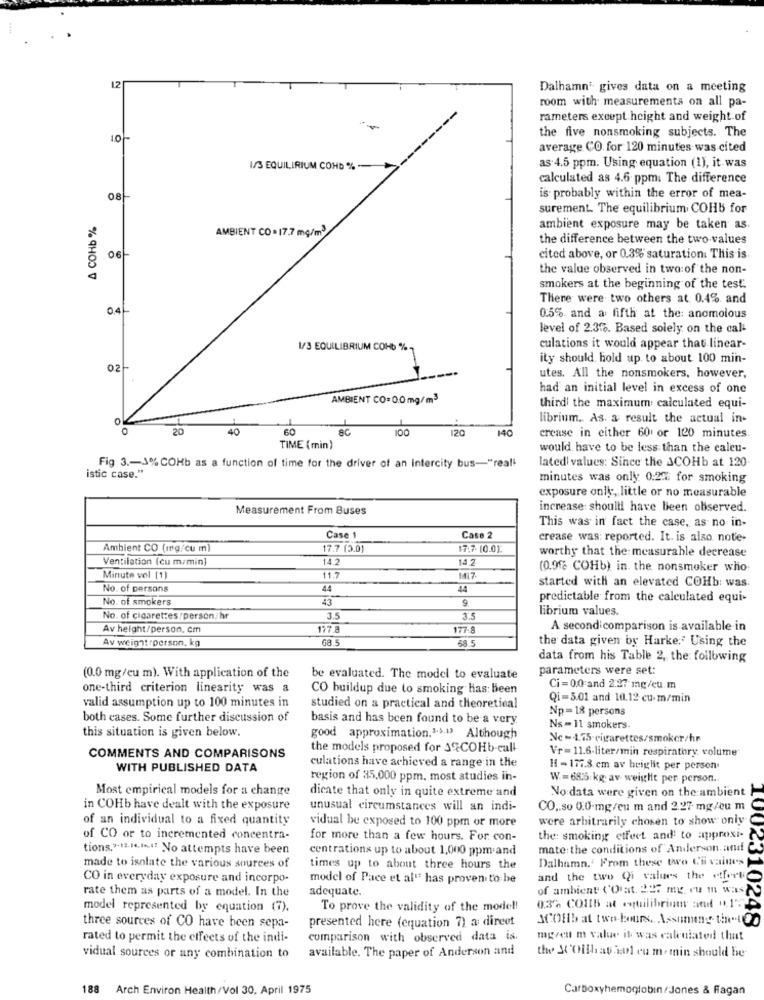
12
Dalhamn' gives data on a meeting
room with measurements on all pa-
rameters except height and weight of
10 -
the five nonsmoking subjects. The
average CO for 120 minutes was cited
-------
I/S EQUILIRIUM COND %
as 4.5 ppm. Using equation (1), it was
calculated as 4.6 ppm. The difference
08
is probably within the error of mea-
surement. The equilibrium COHb for
A COHb %
ambient exposure may be taken as
AMBIENT CO = 17.7 mg/m3
the difference between the two values
06
cited above, or 0.3% saturation. This is
the value observed in two:of the non-
smokers at the beginning of the test.
There were two others at 0.4% and
0.4
0.5% and a fifth at the: anomolous
level of 2.3%. Based solely on the cal-
1/3 EQUILIBRIUM COHb % -
culations it would appear that linear-
ity should hold up to about 100 min-
02-
utes. All the nonsmokers, however,
had an initial level in excess of one
AMBIENT CO= 0.0mg/m3
third' the maximum calculated equi-
librium. As a result the actual in-
20
40
60
AC
100
120
140
crease in either 60 or 120 minutes.
TIME (min)
would have to be less than the caleu-
latedi values: Since the ACOHb at 120
Fig 3 .- 3% COHb as a function of time for the driver of an intercity bus-"real"
istic case."
minutes was only: 0.2%: for smoking
exposure only, little or no measurable
Measurement From Buses
increase: shouldi have been observed.
This was in fact the case, as no in-
Case 1
Case 2
crease was: reported. It. is also note-
Ambient CO (mg/cu m]
17.7 (3.0)
17.7. (0.0).
worthy that the: measurable decrease
Ventilation (cu m/min]
14.2
14.2
(0.9f2 COHb) in the nonsmoker who.
Minute vol [1]
11.7
M17
started with an elevated COHb: was.
No. of persons
44
44
No. of smokers
43
9
predictable from the calculated equi-
librium values.
No. of cigarettes/person/hr
3.5
3.5
Av height/person, cm
17.a
177-8
A second comparison is available in
Av weight person. kg
68.5
68.5
the data given by Harke: Using the
data from his Table 2, the following
parameters were set:
(0.0 mg/cu m). With application of the
be evaluated. The model to evaluate
one-third criterion linearity was a
CO buildup due to smoking has been
Ci =0.0 and 2:27 mg/cu.m
Qi=5.01 and 10.12 cu-m/min
valid assumption up to 100 minutes in
studied on a practical and theoretical
Np=18 persons
both cases. Some further discussion of
basis and has been found to be a very.
this situation is given below.
Ns = 11 smokers
good approximation.">."> Although
Nc - 4.75-cigarettes/smoker/hr
the models proposed for SQCOHb-call
Vr= 11.6-liter/min respiratory volume
COMMENTS AND COMPARISONS
culations have achieved a range in the
WITH PUBLISHED DATA
14 - 177.8 cm av height per person
region of 35.000 ppm. most studies in-
W .= 685 kg. av. weight per person.
Most empirical models for a change
dicate that only in quite extreme and
No data were given on the ambient
in COHb have dealt with the exposure
unusual circumstances will an indi-
CO .. so 0.0.mg/cu m and 2.27 mg/cu m
of an individual to a fixed quantity
vidual be exposed to 100 ppm or more
were arbitrarily chosen to show only
of CO or to incremented concentra-
for more than a few hours. For. con-
the: smoking etfeet and to approxi-
tions,"12-14,1%i! No attempts have been
centrations up to about 1,000 ppm and
mate:the conditions of Anderson, and
Dalhamn.' From these two Ci vaines
made to isolate the various sources of
times up to about three hours the
CO in everyday exposure and incorpo-
model of Pace et al" has proven to be
and the two Qi values the effort
rate them as parts of a model. In the
adequate.
of ambient ('Oat 227 my vu m was
model represented by equation (7).
To prove the validity of the model!
0.3% COILS at equilibrium and 015
SCOHb at two hours, Assume the400
002310248
three sources of CO have been sepa-
presented here (equation 7) a direct
rated to permit the effects of the indi-
comparison with observed data is.
mgveu m value it was calculated that
available. The paper of Anderson and
vidual sources or any combination to
the M'Oilhat il eu m. min should be-
188
Arch Environ Health/Vol 30. April 1975
Carboxyhemoglobin/Jones & Ragan